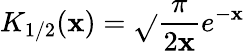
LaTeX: K_{1/2}(\mathbf{x})=\sqrt{}{{\frac{{\pi}}{{2\mathbf{x}}}}}e^{-\mathbf{x}}